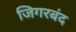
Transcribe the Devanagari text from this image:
जिगरबंद